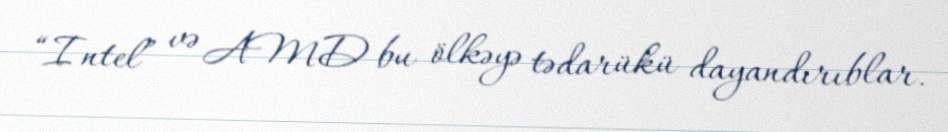
“Intel” və AMD bu ölkəyə tədarükü dayandırıblar.